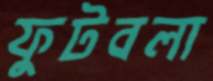
ফুটবলা